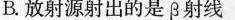
B.放射源射出的是β射线